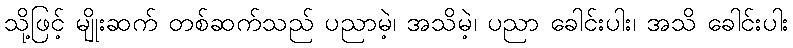
သို့ဖြင့် မျိုးဆက် တစ်ဆက်သည် ပညာမဲ့၊ အသိမဲ့၊ ပညာ ခေါင်းပါး၊ အသိ ခေါင်းပါး